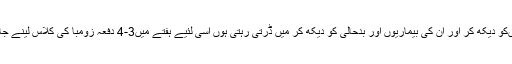
ان لوگوں‌کو دیکھ کر اور ان کی بیماریوں‌ اور بدحالی کو دیکھ کر میں‌ ڈرتی رہتی ہوں اسی لئیے ہفتے میں‌3-4 دفعہ زومبا کی کلاس لینے جاتی ہوں۔